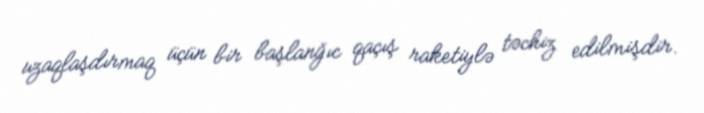
uzaqlaşdırmaq üçün bir başlanğıc qaçış raketiylə təchiz edilmişdir.